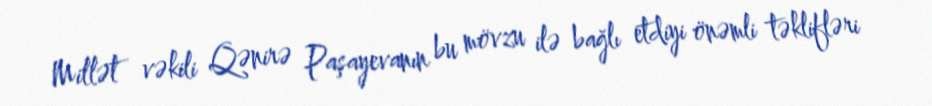
Millət vəkili Qənirə Paşayevanın bu mövzu ilə bağlı etdiyi önəmli təklifləri